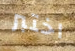
اختبر